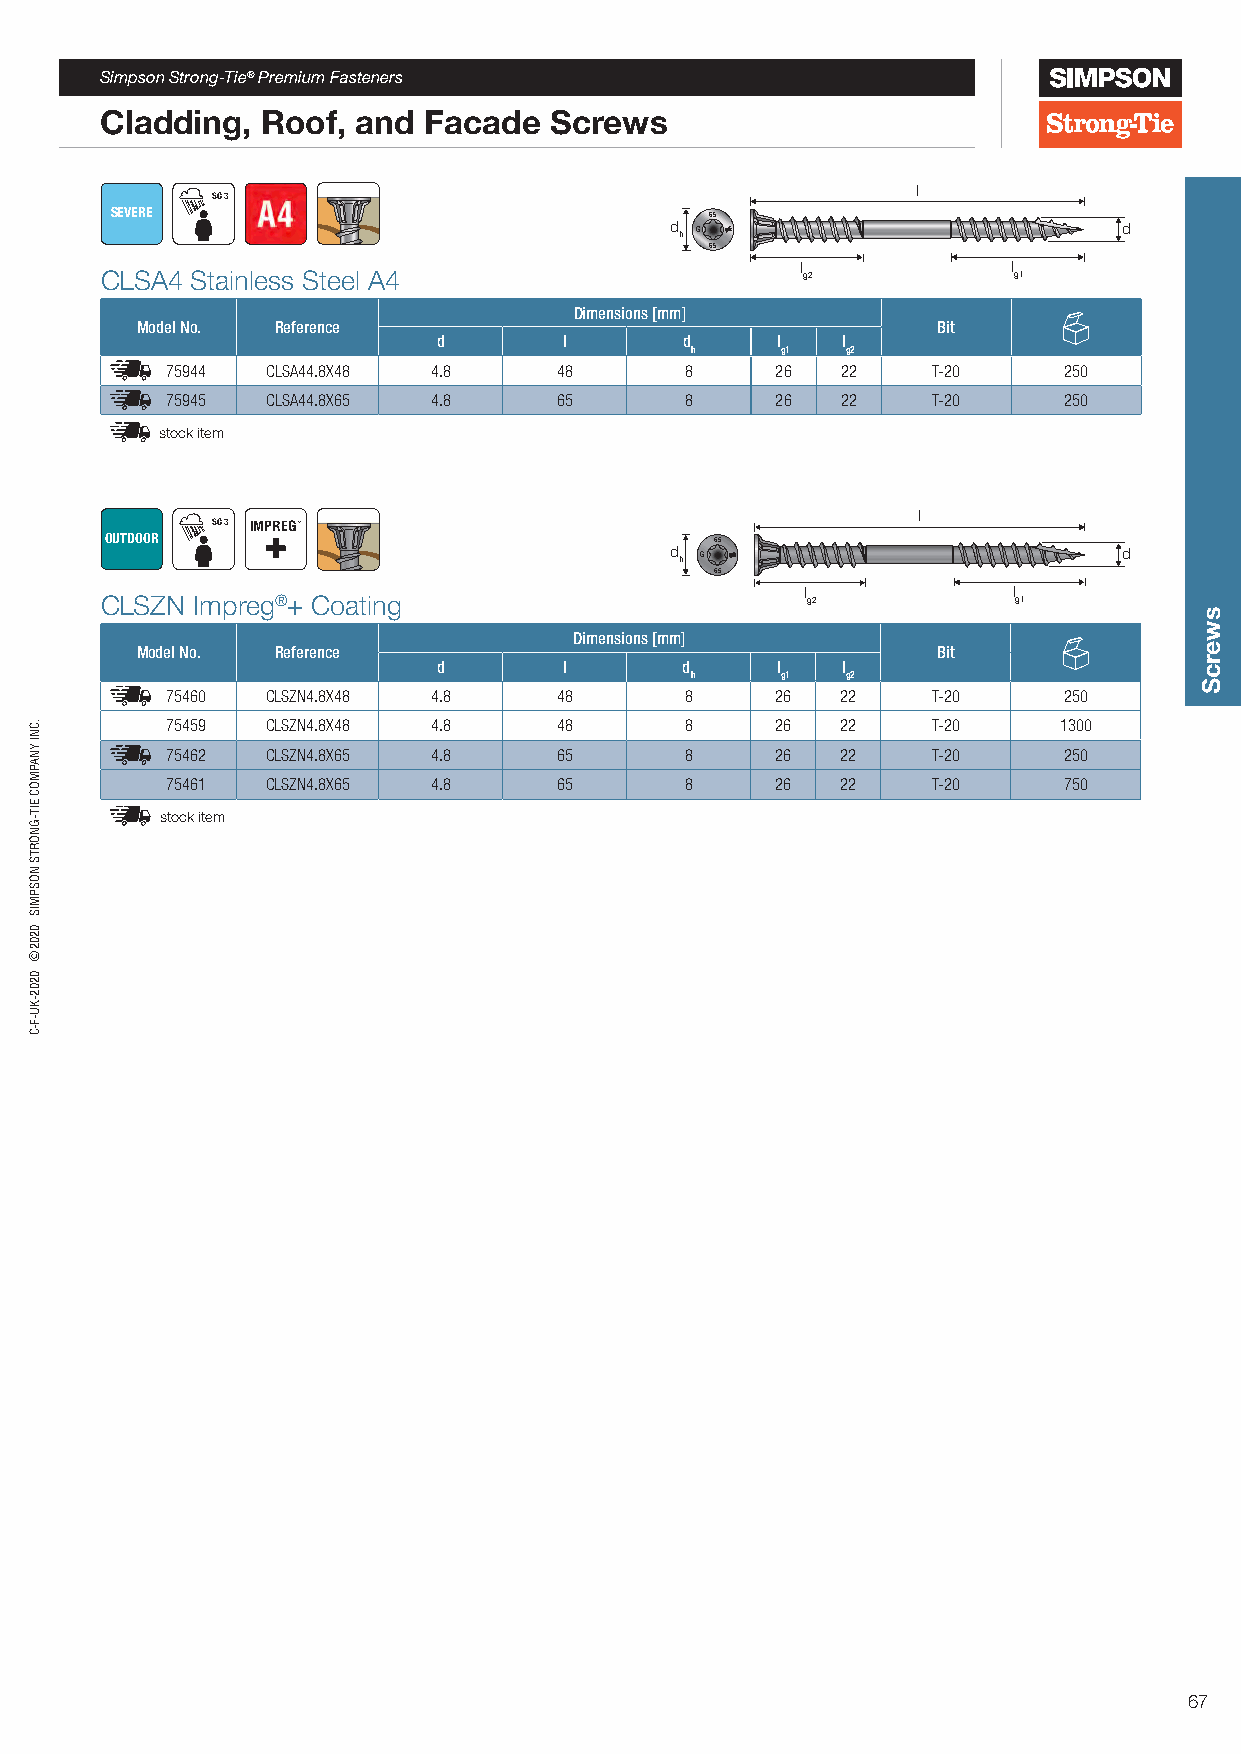
Simpson Strong-Tie® Premium Fasteners
 Cladding, Roof,  and Facade  Screws
 l
 SC 3
 SEVERE                                  65
 d h G                         d
 65
 l             l
 CLSA4 Stainless Steel A4                      g2            g1
 Dimensions [mm]
 Model No. Reference                                  Bit
 d       l       d     l    l
 h     g1  g2
 75944  CLSA44.8X48 4.8    48      8     26   22    T-20    250
 75945  CLSA44.8X65 4.8    65      8     26   22    T-20    250
 stock item
 l
 SC 3 IMPREG
 OUTDOOR                                 65
 d h G                         d
 65
 l             l
 CLSZN Impreg®+ Coating                        g2            g1
 Dimensions [mm]
 Model No. Reference                                  Bit
 d       l       d     l    l
 h     g1  g2
 75460  CLSZN4.8X48 4.8    48      8     26   22    T-20    250
 75459  CLSZN4.8X48 4.8    48      8     26   22    T-20    1300
 75462  CLSZN4.8X65 4.8    65      8     26   22    T-20    250
 75461  CLSZN4.8X65 4.8    65      8     26   22    T-20    750
 stock item
 67
 .CNI
 YNAPMOC
 EIT-GNORTS
 NOSPMIS
 0202©
 0202-KU-F-C
 swercS